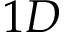
1 D